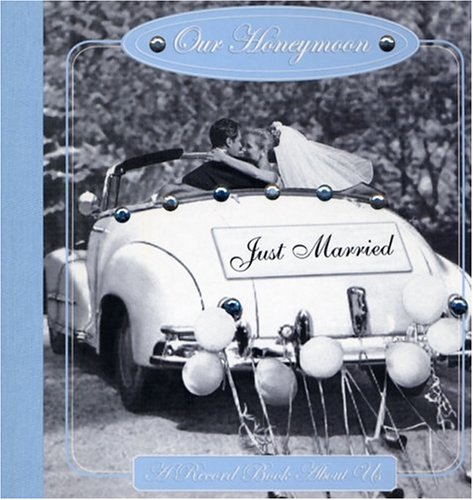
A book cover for Our Honeymoon Record Book; Havoc; Crafts, Hobbies & Home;